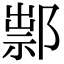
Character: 𨜿